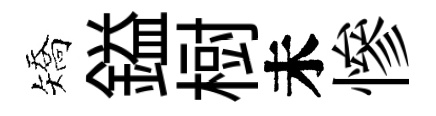
矯鎰𣗳未慘